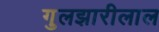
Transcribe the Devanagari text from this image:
गुलझारीलाल